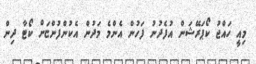
މިއީ ހައްޖު ކޯޕަރޭޝަން އުފެދުނު ފަހުން އެންމެ މަދުން އެކުންފުންޏަށް ކޯޓާ ދިން